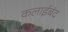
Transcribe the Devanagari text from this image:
कलाईबंद